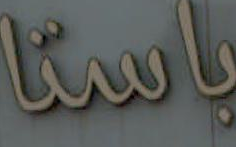
باستا